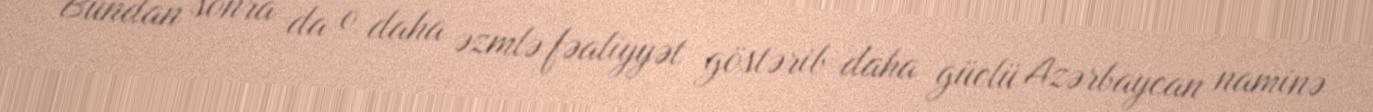
Bundan sonra da o daha əzmlə fəaliyyət göstərib daha güclü Azərbaycan naminə